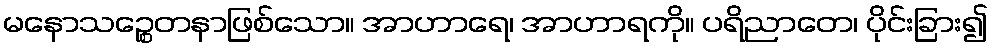
မနောသဉ္စေတနာဖြစ်သော။ အာဟာရေ၊ အာဟာရကို။ ပရိညာတေ၊ ပိုင်းခြား၍